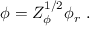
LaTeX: \phi = Z _ { \phi } ^ { 1 / 2 } \phi _ { r } \ .